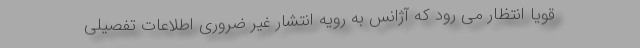
قویاً انتظار می رود که آژانس به رویه انتشار غیر ضروری اطلاعات تفصیلی